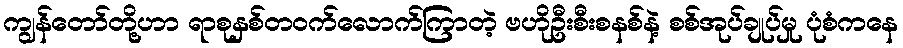
ကျွန်တော်တို့ဟာ ရာစုနှစ်တဝက်လောက်ကြာတဲ့ ဗဟိုဦးစီးစနစ်နဲ့ စစ်အုပ်ချုပ်မှု ပုံစံကနေ